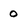
Character: 0